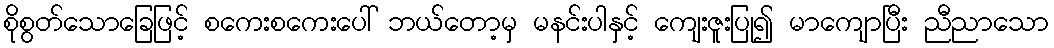
စိုစွတ်သောခြေဖြင့် စကေးစကေးပေါ် ဘယ်တော့မှ မနင်းပါနှင့် ကျေးဇူးပြု၍ မာကျောပြီး ညီညာသော